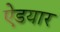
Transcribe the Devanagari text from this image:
ऐडयार